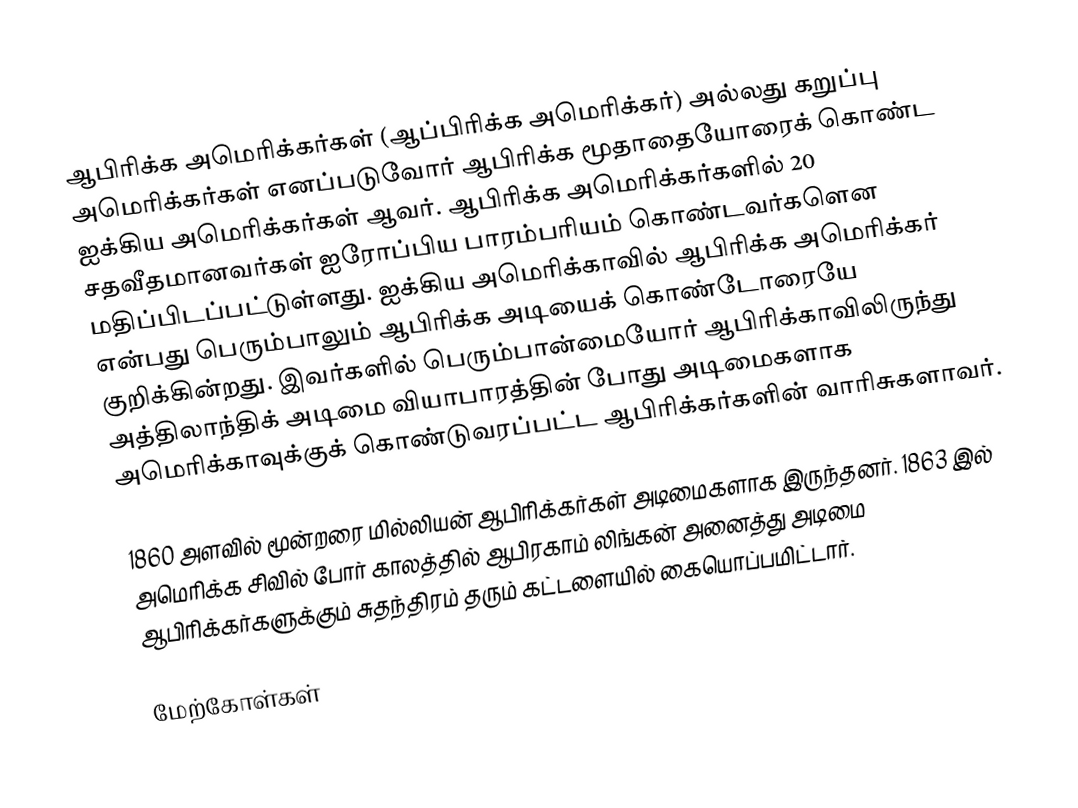
ஆபிரிக்க அமெரிக்கர்கள் (ஆப்பிரிக்க அமெரிக்கர்) அல்லது கறுப்பு அமெரிக்கர்கள் எனப்படுவோர் ஆபிரிக்க மூதாதையோரைக் கொண்ட ஐக்கிய அமெரிக்கர்கள் ஆவர். ஆபிரிக்க அமெரிக்கர்களில் 20 சதவீதமானவர்கள் ஐரோப்பிய பாரம்பரியம் கொண்டவர்களென மதிப்பிடப்பட்டுள்ளது. ஐக்கிய அமெரிக்காவில் ஆபிரிக்க அமெரிக்கர் என்பது பெரும்பாலும் ஆபிரிக்க அடியைக் கொண்டோரையே குறிக்கின்றது. இவர்களில் பெரும்பான்மையோர் ஆபிரிக்காவிலிருந்து அத்திலாந்திக் அடிமை வியாபாரத்தின் போது அடிமைகளாக அமெரிக்காவுக்குக் கொண்டுவரப்பட்ட ஆபிரிக்கர்களின் வாரிசுகளாவர்.

1860 அளவில் மூன்றரை மில்லியன் ஆபிரிக்கர்கள் அடிமைகளாக இருந்தனர். 1863 இல் அமெரிக்க சிவில் போர் காலத்தில் ஆபிரகாம் லிங்கன் அனைத்து அடிமை ஆபிரிக்கர்களுக்கும் சுதந்திரம் தரும் கட்டளையில் கையொப்பமிட்டார்.

மேற்கோள்கள்